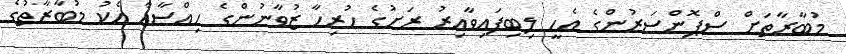
މުބާރާތަށް ސްޕޮންސަރުންގެ އެހީ ލިބިފައިވާއިރު ރަށުގެ ހުރިހާ ޒުވާނުންގެ ހިއްސާއާ އެކު މުބާރާތުގެ